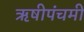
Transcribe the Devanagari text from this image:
ऋषीपंचमी